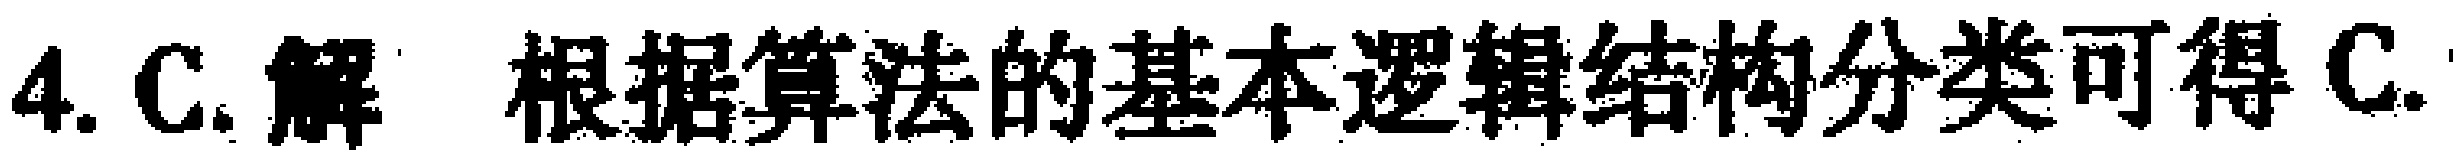
4. C. 解 根据算法的基本逻辑结构分类可得 C.